Civil Veterinary Department ledger series I-VI
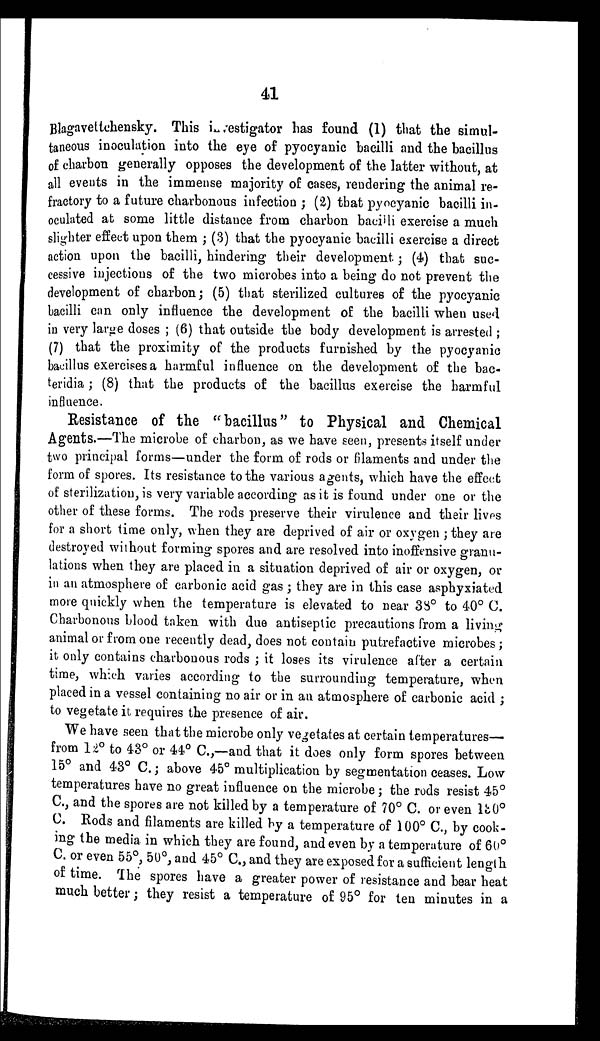
41
Blagavettehensky. This investigator has found (1) that the simul-
taneous inoculation into the eye of pyoeyanic bacilli and the bacillus
of charbon generally opposes the development of the latter without, at
all events in the immense majority of cases, rendering the animal re-
fractory to a future charbonous infection; (2) that pyoeyanic bacilli in-
oculated at some little distance from charbon bacilli exercise a much
slighter effect upon them; (3) that the pyoeyanic bacilli exercise a direct
action upon the bacilli, hindering their development; (4) that suc-
cessive injections of the two microbes into a being do not prevent the
development of charbon; (5) that sterilized cultures of the pyoeyanic
bacilli can only influence the development of the bacilli when used
in very large doses; (6) that outside the body development is arrested;
(7) that the proximity of the products furnished by the pyoeyanic
bacillus exercises a harmful influence on the development of the bac-
teridia; (8) that the products of the bacillus exercise the harmful
influence.
Resistance of the "bacillus" to Physical and Chemical
Agents.—The microbe of charbon, as we have seen, presents itself under
two principal forms—under the form of rods or filaments and under the
form of spores. Its resistance to the various agents, which have the effect
of sterilization, is very variable according as it is found under one or the
other of these forms. The rods preserve their virulence and their lives
for a short time only, when they are deprived of air or oxygen; they are
destroyed without forming spores and are resolved into inoffensive granu-
lations when they are placed in a situation deprived of air or oxygen, or
in an atmosphere of carbonic acid gas; they are in this case asphyxiated
more quickly when the temperature is elevated to near 38º to 40º C.
Charbonous blood taken with due antiseptic precautions from a living
animal or from one recently dead, does not contain putrefactive microbes;
it only contains charbonous rods; it loses its virulence after a certain
time, which varies according to the surrounding temperature, when
placed in a vessel containing no air or in an atmosphere of carbonic acid;
to vegetate it requires the presence of air.
We have seen that the microbe only vegetates at certain temperatures—
from 12º to 43º or 44º C.,—and that it does only form spores between
15º and 43º C.; above 45º multiplication by segmentation ceases. Low
temperatures have no great influence on the microbe; the rods resist 45º
C., and the spores are not killed by a temperature of 70º C. or even 130º
C. Rods and filaments are killed by a temperature of 100º C., by cook-
ing the media in which they are found, and even by a temperature of 60º
C. or even 55º, 50º, and 45º C., and they are exposed for a sufficient length
of time. The spores have a greater power of resistance and bear heat
much better; they resist a temperature of 95º for ten minutes in a